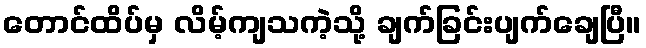
တောင်ထိပ်မှ လိမ့်ကျသကဲ့သို့ ချက်ခြင်းပျက်ချေပြီ။